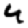
Digit: 4